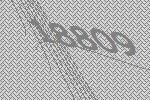
18809